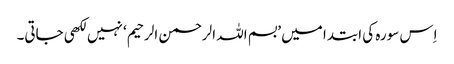
اِس سورہ کی ابتدا میں ’بسم اللہ الرحمن الرحیم‘ نہیں لکھی جاتی۔